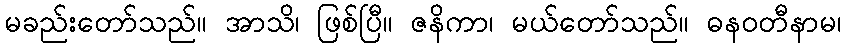
မခည်းတော်သည်။ အာသိ၊ ဖြစ်ပြီ။ ဇနိကာ၊ မယ်တော်သည်။ ဓနဝတီနာမ၊